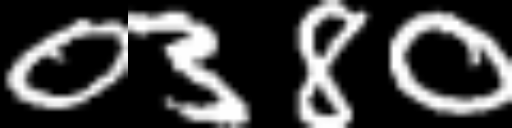
Text: 0380